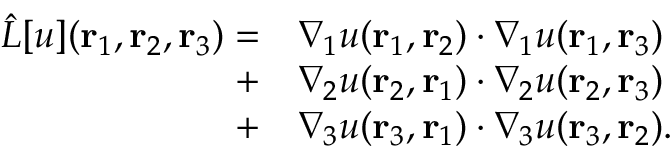
\begin{array} { r l } { \hat { L } [ u ] ( { \mathbf { r } _ { 1 } } , { \mathbf { r } _ { 2 } } , { \mathbf { r } _ { 3 } } ) = } & { \nabla _ { 1 } u ( { \mathbf { r } _ { 1 } } , { \mathbf { r } _ { 2 } } ) \cdot \nabla _ { 1 } u ( { \mathbf { r } _ { 1 } } , { \mathbf { r } _ { 3 } } ) } \\ { + } & { \nabla _ { 2 } u ( { \mathbf { r } _ { 2 } } , { \mathbf { r } _ { 1 } } ) \cdot \nabla _ { 2 } u ( { \mathbf { r } _ { 2 } } , { \mathbf { r } _ { 3 } } ) } \\ { + } & { \nabla _ { 3 } u ( { \mathbf { r } _ { 3 } } , { \mathbf { r } _ { 1 } } ) \cdot \nabla _ { 3 } u ( { \mathbf { r } _ { 3 } } , { \mathbf { r } _ { 2 } } ) . } \end{array}